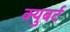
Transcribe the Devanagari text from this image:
क्युबर्ट